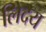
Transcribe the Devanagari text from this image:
लेिदय